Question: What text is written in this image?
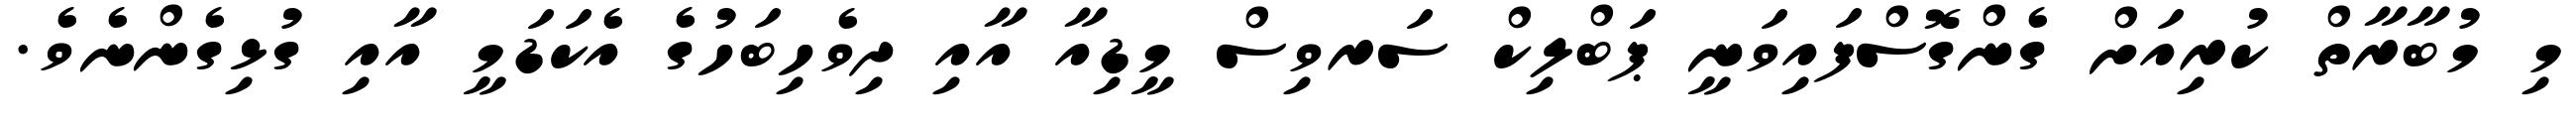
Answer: މި މުބާރާތް ކުރިއަށް ގެންގޮސްފައިވަނީ ޕަބްލިކް ސަރވިސް މީޑިއާ އާއި ދިވެހިބަހުގެ އެކަޑަމީ އާއި ގުޅިގެންނެވެ.